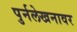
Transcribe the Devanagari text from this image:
पुर्नलेखनावर